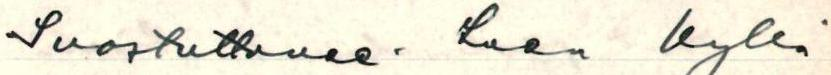
Suostuttenee. Luen kyllä